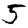
Digit: 5